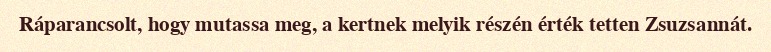
Ráparancsolt, hogy mutassa meg, a kertnek melyik részén érték tetten Zsuzsannát.